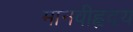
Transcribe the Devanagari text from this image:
मानवीहृदय